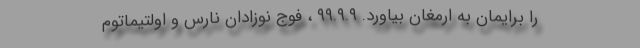
را برایمان به ارمغان بیاورد. ۹۹.۹.۹ ، فوج نوزادان نارس و اولتیماتوم